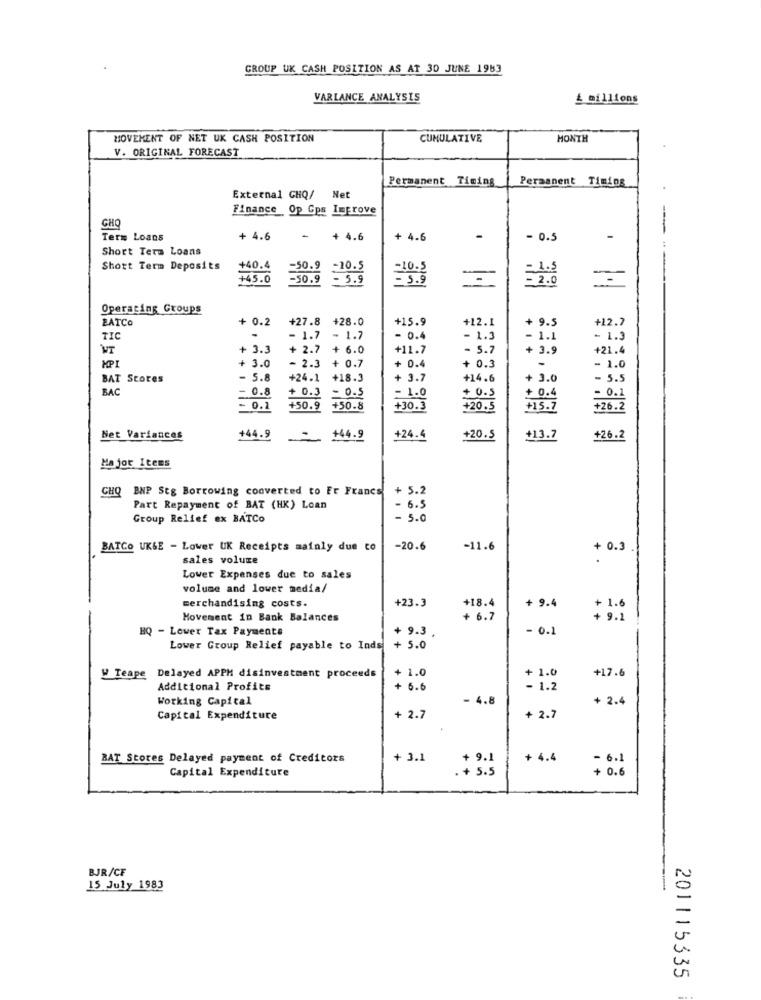
GROUP UK CASH POSITION AS AT 30 JUNE 1983
VARLANCE ANALYSIS
4 millions
MOVEMENT OF NET UK CASH POSITION
CUMULATIVE
MONTH
V. ORIGINAL FORECAST
Permanent Timing
Permanent Timing
External CHQ/ Net
Finance Op Gps Improve
CHO
Term Loans
+ 4.6
-
+ 4.6
+ 4.6
- 0.5
Short Term Loans
Short Term Deposits
+40.4
=50.9 -10.5
+45.0
-50.9 - 5.9
- 5.9
=
Operating Groups
ZATCO
0.2
+27.8
+28.0
+15.9
+12.1
+ 9.5
+12.7
TIC
. 1.7
- 1.7
- 0.4
- 1.3
- 1.1
- 1.3
WT
+ 3.3
+ 2.7 + 6.0
+ 2.7
+ 6.0
+11.7
- 5.7
+ 3.9
421.4
- 2.3
MPI
+ 3.0
- 2.3 + 0.7
+ 0.7
+ 0.4
+ 0.3
-
- 1.0
BAT Stores
. 5.8
+24.1
+18.3
+ 3.7
+14.6
+ 3.0
- 5.5
BAC
- 0.8
+ 0.3
= 0.5
- 1.0
+ 0.4
+ 0.5
- 0.1
- 0.2
+50.9
+50.8
+30.3
+20.5
+15.7
$26.2
+20.5
Net Variances
+44.9
+44.9
+24.4
+13.7
+26.2
Major Items
CHQ
BNP Stg Borrowing converted to Er Francs + 5.2
Part Repayment of BAT (HK) Loan
6.5
Group Relief ex BATCo
- 5.0
BATCO UK&E - Lower UK Receipts mainly due to
-20.6
-11.6
+ 0.3
sales volume
.
Lower Expenses due to sales
volume and lower media/
merchandising costs.
+23.3
+ 9.4
+18.4
+ 1.6
Movement in Bank Balances
+ 6.7
+ 9.1
HQ - Lower Tax Payments
+ 9.3 .
- 0.1
Lower Group Relief payable to Inds + 5.0
1.0
+ 1.0
W Teape Delayed APPM disinvestment proceeds
+17.6
Additional Profits
+ 6.6
- 1.2
Working Capital
- 4.8
+ 2.4
Capital Expenditure
+ 2.7
+ 2.7
BAT Stores Delayed payment of Creditors
+ 3.1
+ 9.1
+ 4.4
- 6.1
Capital Expenditure
. + 5.5
+ 0.6
BJR/CF
15 July 1983
201115335